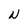
Character: W